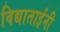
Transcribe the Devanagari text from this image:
विद्याताईंनी